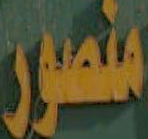
منصور